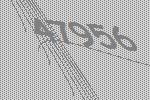
47956